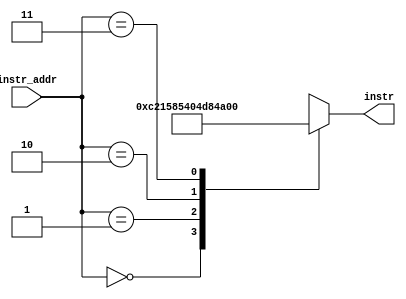
module ROM(
    output reg [14:0] instr,
    input [1:0] instr_addr
    );
    
    always@(instr_addr) begin
        case(instr_addr)
            2'd0: instr = 15'b11_00_00_1_00_00_1010;
            2'd1: instr = 15'b11_00_00_1_01_01_0000;
            2'd2: instr = 15'b00_01_00_1_10_11_0000;
            2'd3: instr = 15'b10_01_00_1_11_11_1010;
        
        endcase
    
    end
    
endmodule